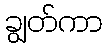
ချွတ်ကာ